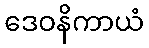
ဒေဝနိကာယံ